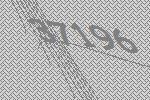
37196